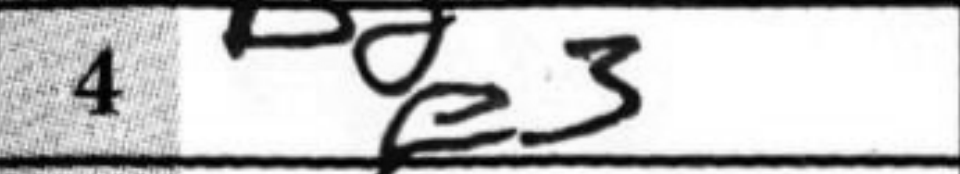
Transcription: e3